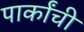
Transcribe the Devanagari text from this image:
पार्कांची